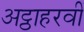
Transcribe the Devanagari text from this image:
अट्ठाहरवीं